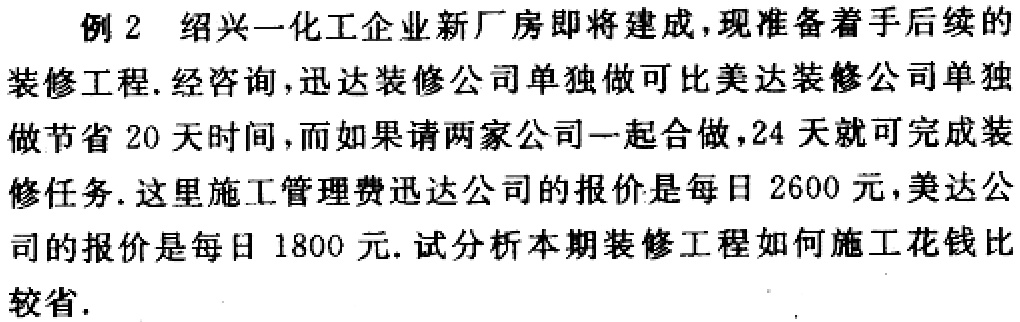
例2 绍兴一化工企业新厂房即将建成，现准备着手后续的

装修工程. 经咨询，迅达装修公司单独做可比美达装修公司单独

做节省20天时间，而如果请两家公司一起合做，24天就可完成装

修任务. 这里施工管理费迅达公司的报价是每日2600元，美达公

司的报价是每日1800元. 试分析本期装修工程如何施工花钱比

较省.